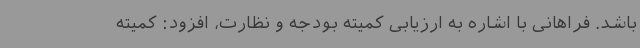
باشد. فراهانی با اشاره به ارزیابی کمیته بودجه و نظارت، افزود: کمیته